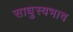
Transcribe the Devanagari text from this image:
साधुस्वभाव